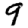
Digit: 9